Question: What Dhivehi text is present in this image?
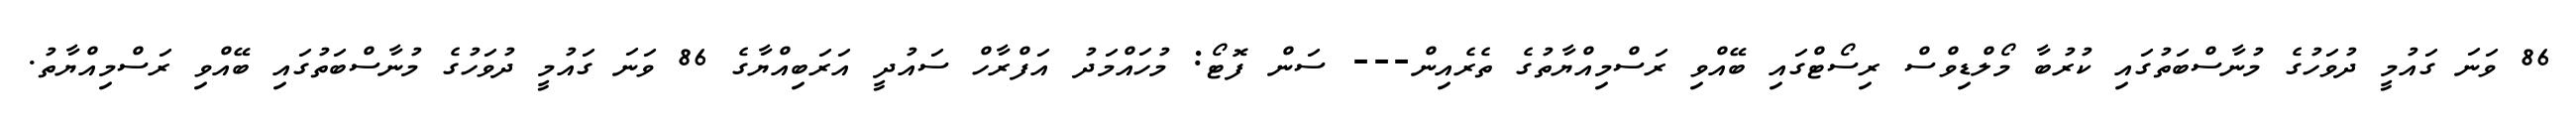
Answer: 86 ވަނަ ގައުމީ ދުވަހުގެ މުނާސްބަތުގައި ކުރުބާ މޯލްޑިވްސް ރިސޯޓްގައި ބޭއްވި ރަސްމިއްޔާތުގެ ތެރެއިން--- ސަން ފޮޓޯ: މުހައްމަދު އަފްރާހް ސައުދީ އަރަބިއްޔާގެ 86 ވަނަ ގައުމީ ދުވަހުގެ މުނާސްބަތުގައި ބޭއްވި ރަސްމިއްޔާތު.